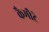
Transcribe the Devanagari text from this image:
कैमौटे